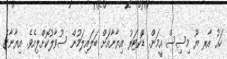
ހައު އާރ ޔޫ މިސިސް އީމަން. ޑޮކްޓަރު އިޔާނާއަށް ބަލައިލަމުން ސުވާލުކޮށްލިއެވެ. އިޔާނާގެ